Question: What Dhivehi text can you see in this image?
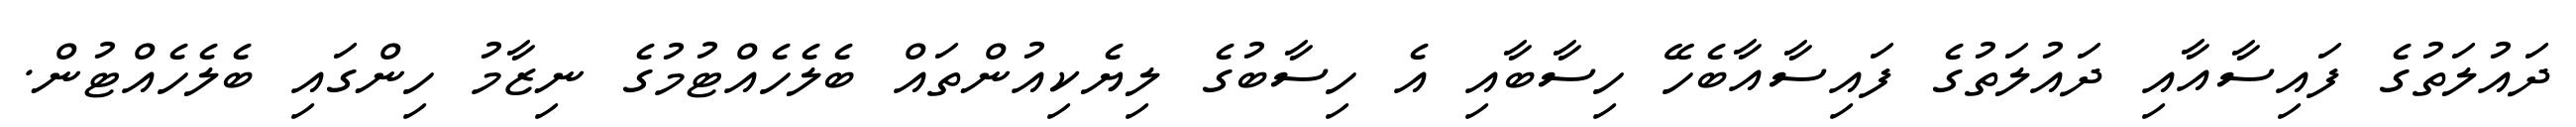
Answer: ދައުލަތުގެ ފައިސާއާއި ދައުލަތުގެ ފައިސާއާބެހޭ ހިސާބާއި އެ ހިސާބުގެ ލިޔެކިއުންތައް ބެލެހެއްޓުމުގެ ނިޒާމު ހިންގައި ބެލެހެއްޓުން.